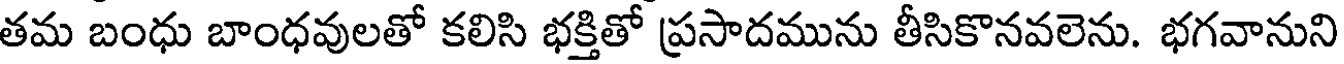
తమ బంధు బాంధవులతో కలిసి భక్తితో ప్రసాదమును తీసికొనవలెను. భగవానుని